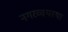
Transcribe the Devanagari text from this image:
नगरव्वयस्था